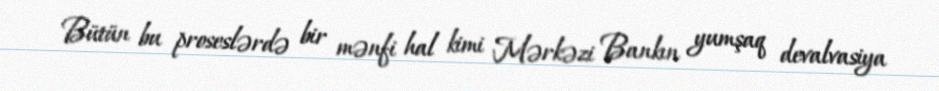
Bütün bu proseslərdə bir mənfi hal kimi Mərkəzi Bankın yumşaq devalvasiya